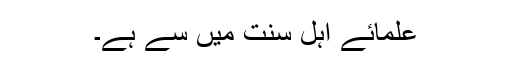
علمائے اہل سنت میں سے ہے۔